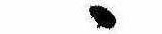
ゝ